Problem: 9 × 3 = ?
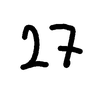
Handwritten answer: 27